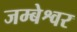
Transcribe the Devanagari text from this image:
जम्बेश्वर